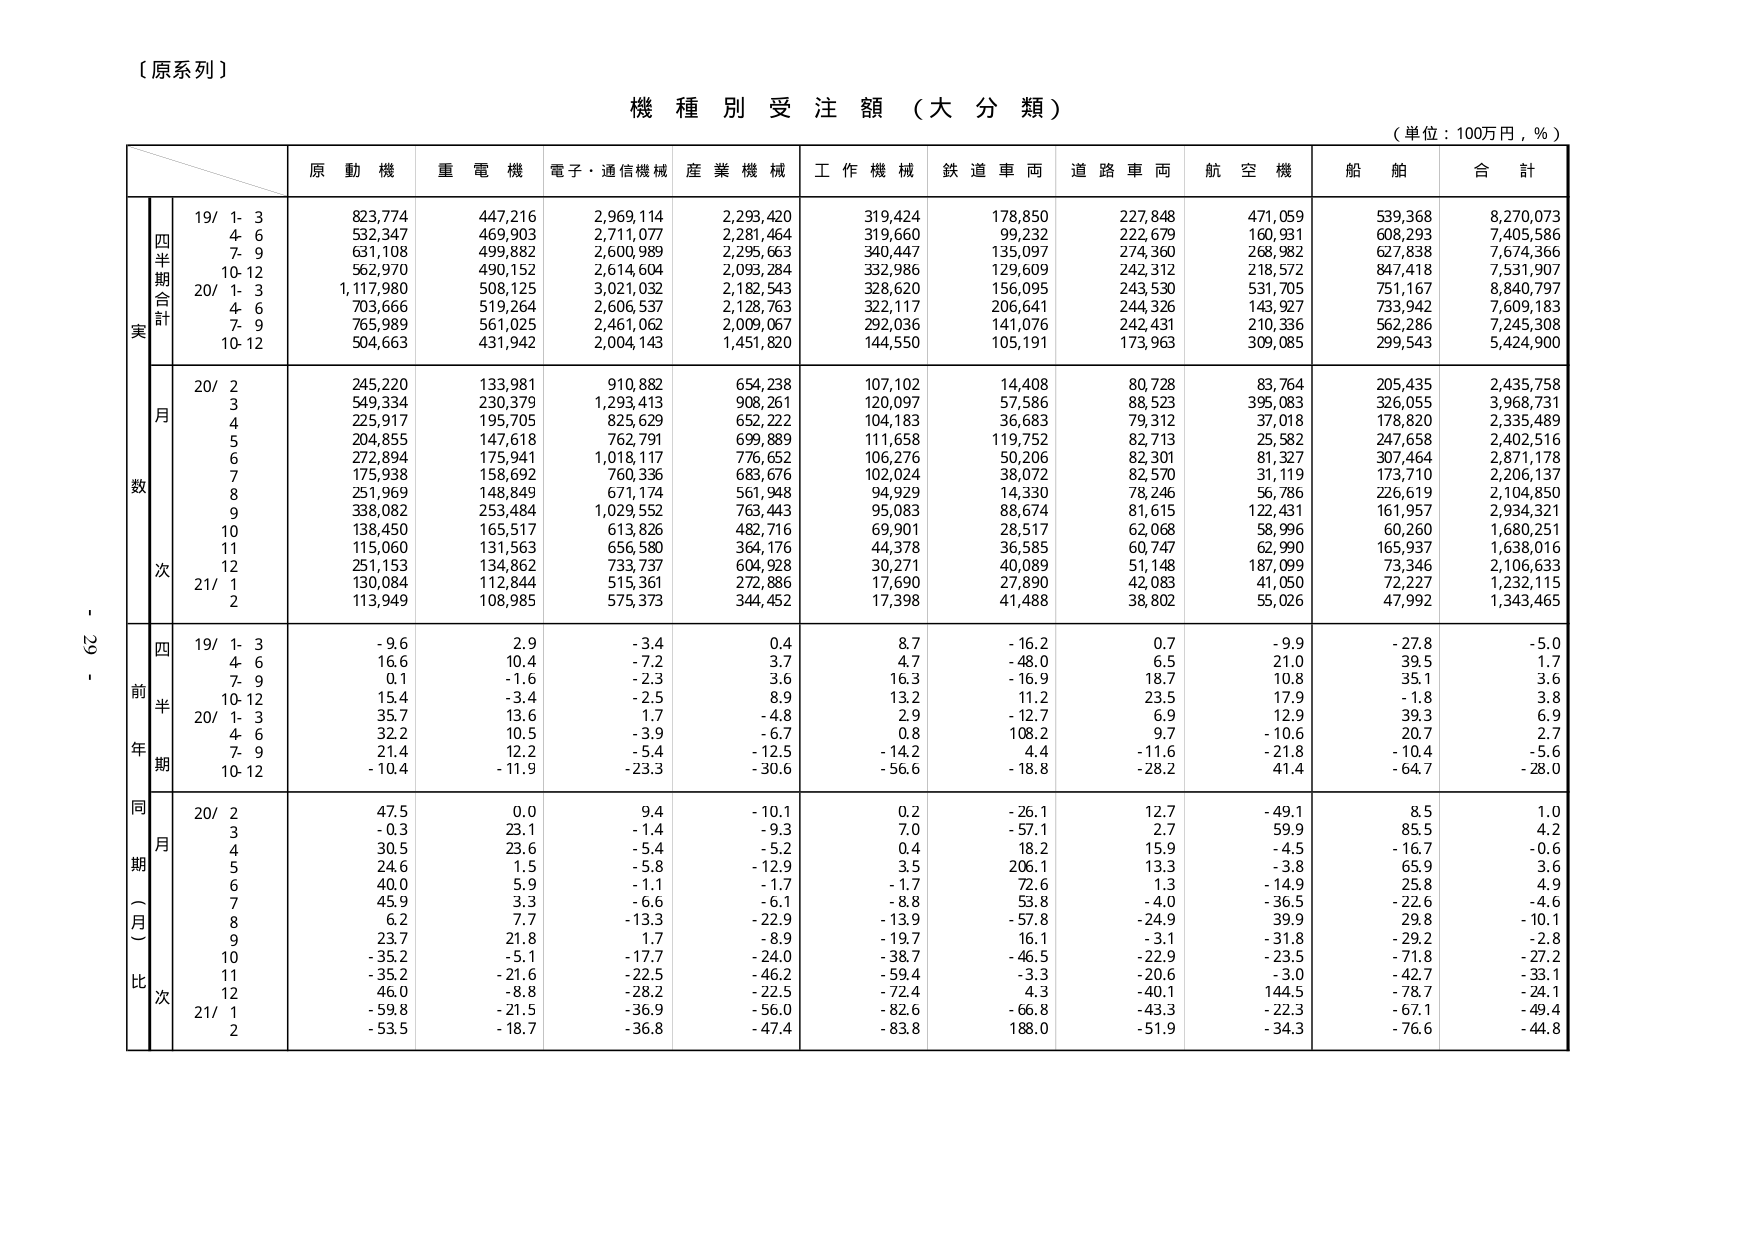
〔原系列〕

機 種 別 受 注 額 （大 分 類）

（単位：100万円，％）